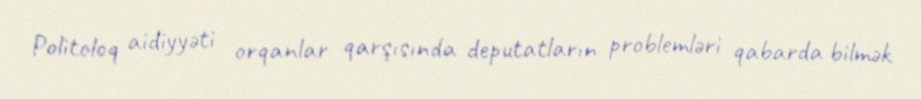
Politoloq aidiyyəti orqanlar qarşısında deputatların problemləri qabarda bilmək